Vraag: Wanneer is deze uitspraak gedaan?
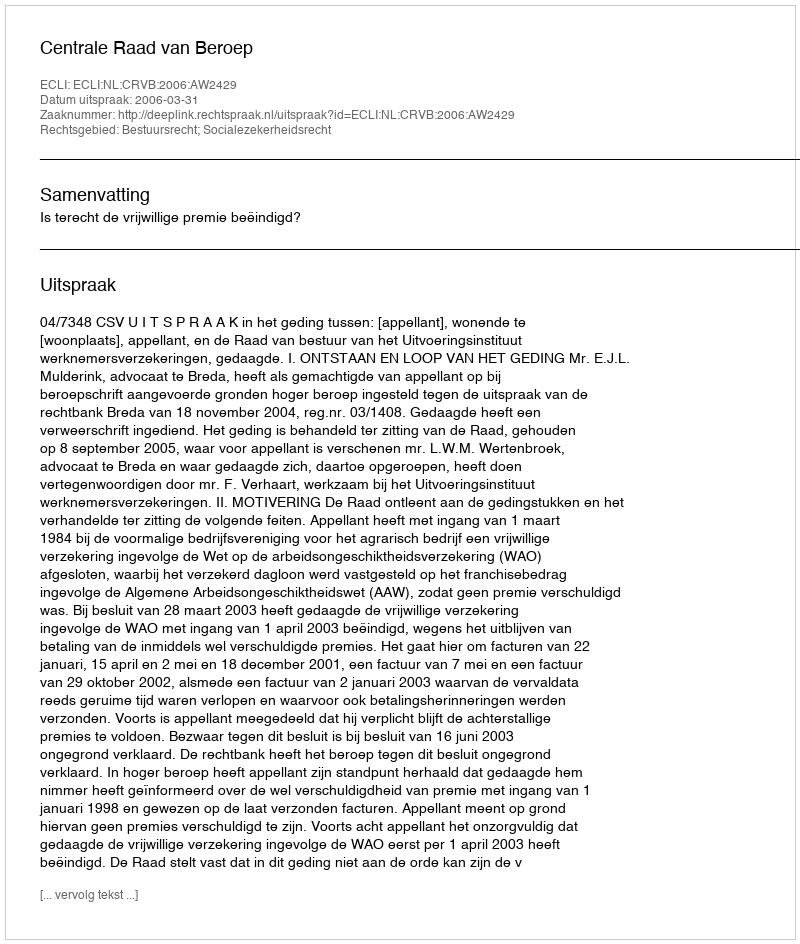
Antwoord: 2006-03-31